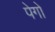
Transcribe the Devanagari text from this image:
पेगो